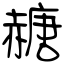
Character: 赯